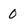
Character: 0